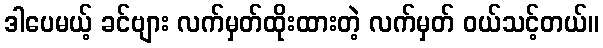
ဒါပေမယ့် ခင်ဗျား လက်မှတ်ထိုးထားတဲ့ လက်မှတ် ဝယ်သင့်တယ်။